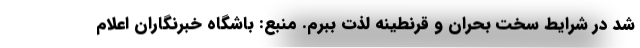
شد در شرایط سخت بحران و قرنطینه لذت ببرم. منبع: باشگاه خبرنگاران اعلام